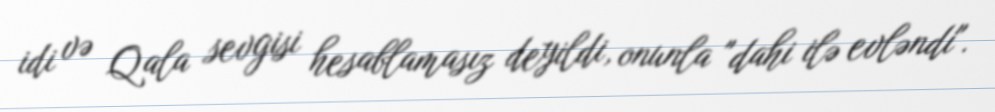
idi və Qala sevgisi hesablamasız deyildi, onunla "dahi ilə evləndi".